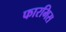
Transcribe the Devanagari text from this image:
फारमिस